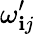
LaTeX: \omega_{\mathbf{i}j}^{\prime}